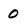
Character: 0